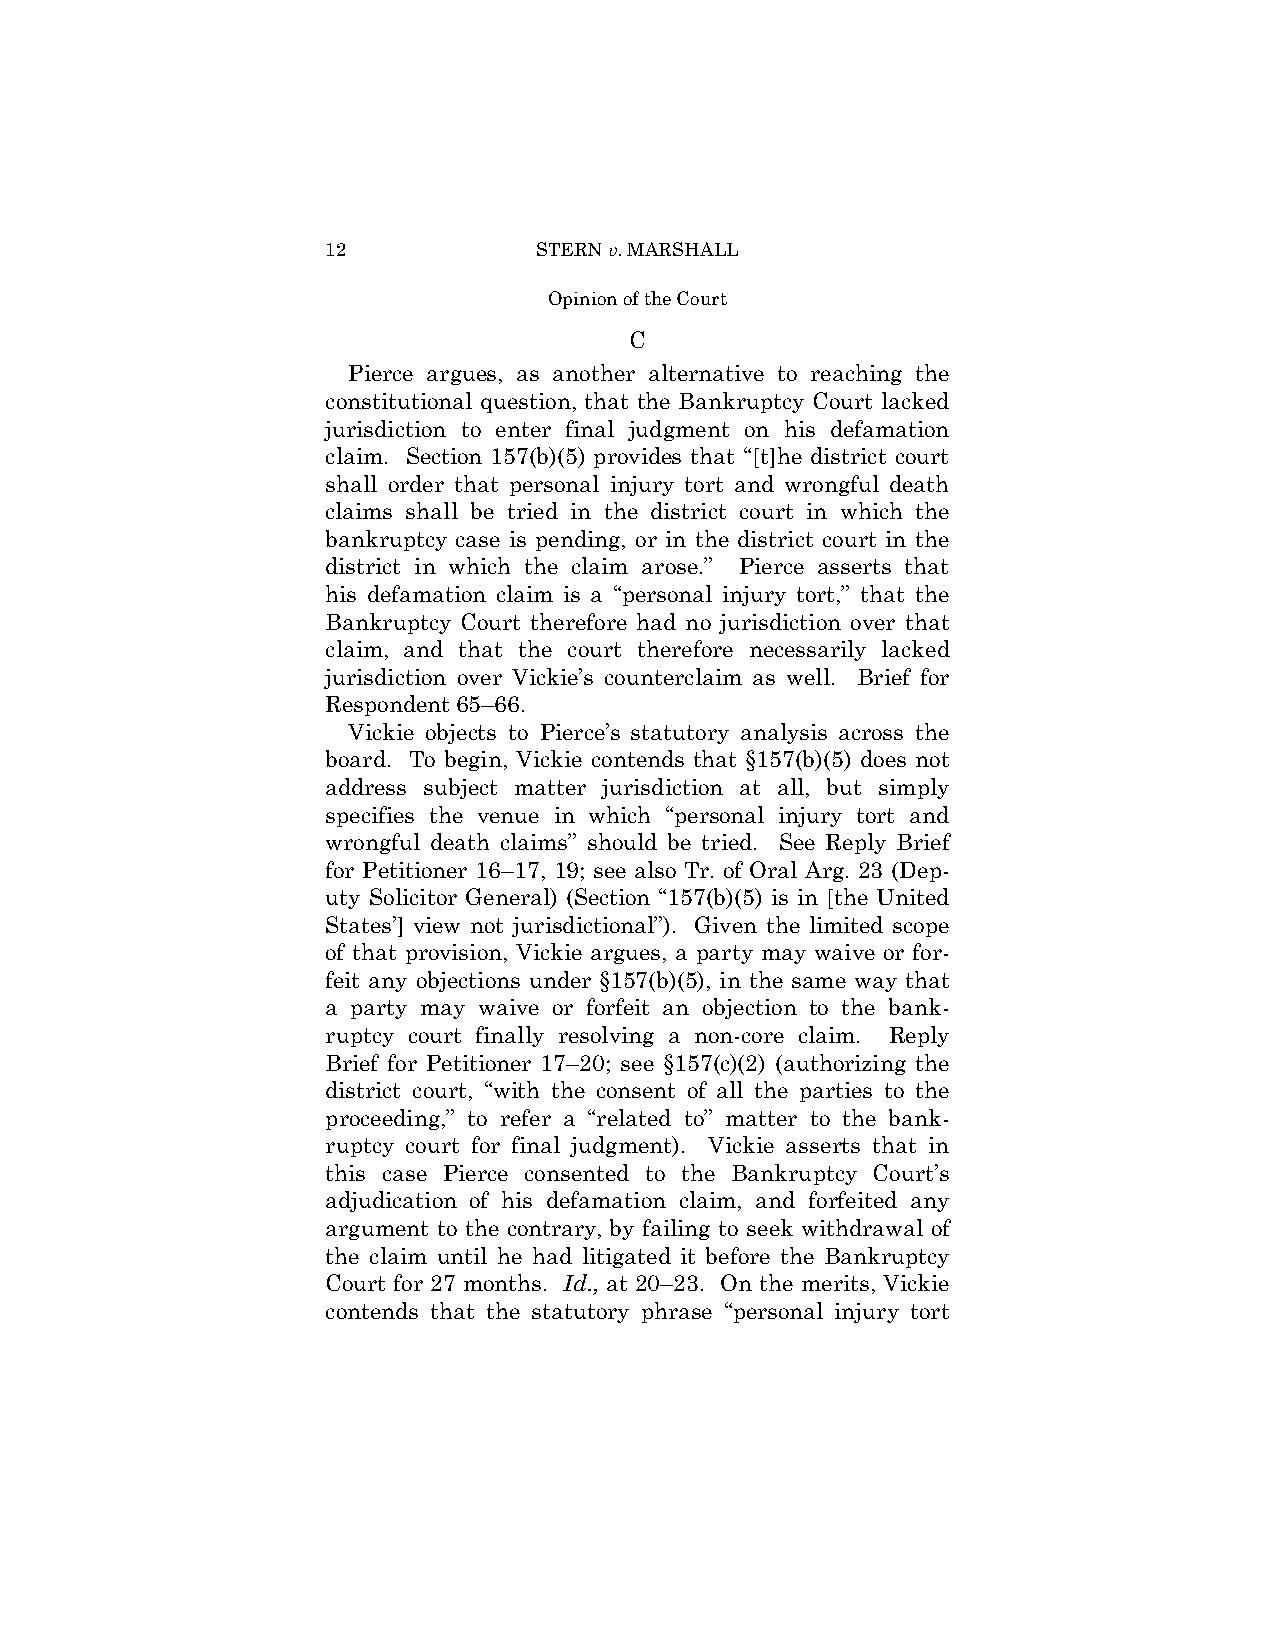
12            STERN v. MARSHALL
 Opinion of the Court
 C
 Pierce argues, as another alternative to reaching the
 constitutional question, that the Bankruptcy Court lacked
 jurisdiction to enter final judgment on his defamation
 claim. Section 157(b)(5) provides that “[t]he district court
 shall order that personal injury tort and wrongful death
 claims shall be tried in the district court in which the
 bankruptcy case is pending, or in the district court in the
 district in which the claim arose.” Pierce asserts that
 his defamation claim is a “personal injury tort,” that the
 Bankruptcy Court therefore had no jurisdiction over that
 claim, and that the court therefore necessarily lacked
 jurisdiction over Vickie’s counterclaim as well. Brief for
 Respondent 65–66.
 Vickie objects to Pierce’s statutory analysis across the
 board. To begin, Vickie contends that §157(b)(5) does not
 address subject matter jurisdiction at all, but simply
 specifies the venue in which “personal injury tort and
 wrongful death claims” should be tried. See Reply Brief
 for Petitioner 16–17, 19; see also Tr. of Oral Arg. 23 (Dep­
 uty Solicitor General) (Section “157(b)(5) is in [the United
 States’] view not jurisdictional”). Given the limited scope
 of that provision, Vickie argues, a party may waive or for­
 feit any objections under §157(b)(5), in the same way that
 a party may waive or forfeit an objection to the bank­
 ruptcy court finally resolving a non-core claim. Reply
 Brief for Petitioner 17–20; see §157(c)(2) (authorizing the
 district court, “with the consent of all the parties to the
 proceeding,” to refer a “related to” matter to the bank­
 ruptcy court for final judgment). Vickie asserts that in
 this case Pierce consented to the Bankruptcy Court’s
 adjudication of his defamation claim, and forfeited any
 argument to the contrary, by failing to seek withdrawal of
 the claim until he had litigated it before the Bankruptcy
 Court for 27 months. Id., at 20–23. On the merits, Vickie
 contends that the statutory phrase “personal injury tort